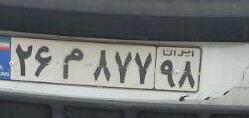
۲۶م۸۷۷۹۸